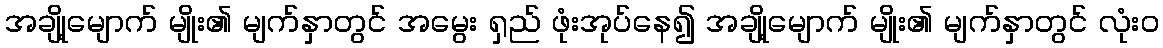
အချို့မျောက် မျိုး၏ မျက်နှာတွင် အမွေး ရှည် ဖုံးအုပ်နေ၍ အချို့မျောက် မျိုး၏ မျက်နှာတွင် လုံးဝ